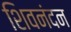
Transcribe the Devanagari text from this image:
शिवनंदन